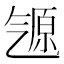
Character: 𬇒